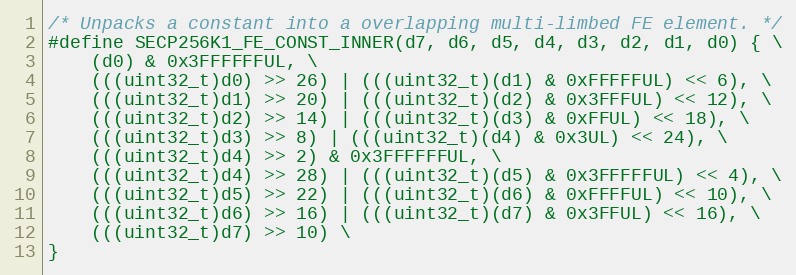
Language: C
/* Unpacks a constant into a overlapping multi-limbed FE element. */
#define SECP256K1_FE_CONST_INNER(d7, d6, d5, d4, d3, d2, d1, d0) { \
    (d0) & 0x3FFFFFFUL, \
    (((uint32_t)d0) >> 26) | (((uint32_t)(d1) & 0xFFFFFUL) << 6), \
    (((uint32_t)d1) >> 20) | (((uint32_t)(d2) & 0x3FFFUL) << 12), \
    (((uint32_t)d2) >> 14) | (((uint32_t)(d3) & 0xFFUL) << 18), \
    (((uint32_t)d3) >> 8) | (((uint32_t)(d4) & 0x3UL) << 24), \
    (((uint32_t)d4) >> 2) & 0x3FFFFFFUL, \
    (((uint32_t)d4) >> 28) | (((uint32_t)(d5) & 0x3FFFFFUL) << 4), \
    (((uint32_t)d5) >> 22) | (((uint32_t)(d6) & 0xFFFFUL) << 10), \
    (((uint32_t)d6) >> 16) | (((uint32_t)(d7) & 0x3FFUL) << 16), \
    (((uint32_t)d7) >> 10) \
}